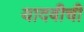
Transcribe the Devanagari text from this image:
यादवीची